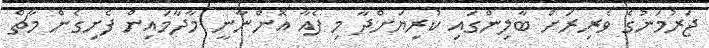
ޖަރުމަނުގެ ވެރިރަށް ބާލިންގައި ކުރިޔަށްދާ މި ފެއާ އޮންނާނީ މާދާމައިން ފެށިގެން މާޗް